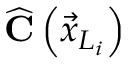
\widehat { \mathbf { C } } \left( \vec { x } _ { L _ { i } } \right)